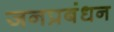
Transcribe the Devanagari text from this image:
जनप्रबंधन